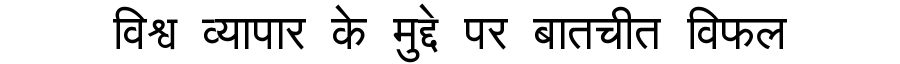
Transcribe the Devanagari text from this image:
विश्व व्यापार के मुद्दे पर बातचीत विफल